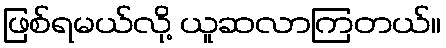
ဖြစ်ရမယ်လို့ ယူဆလာကြတယ်။